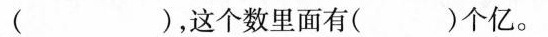
( )，这个数里面有( )个亿。